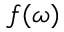
f ( \omega )